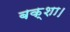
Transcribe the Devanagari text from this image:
बक्शा।